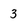
Character: 3